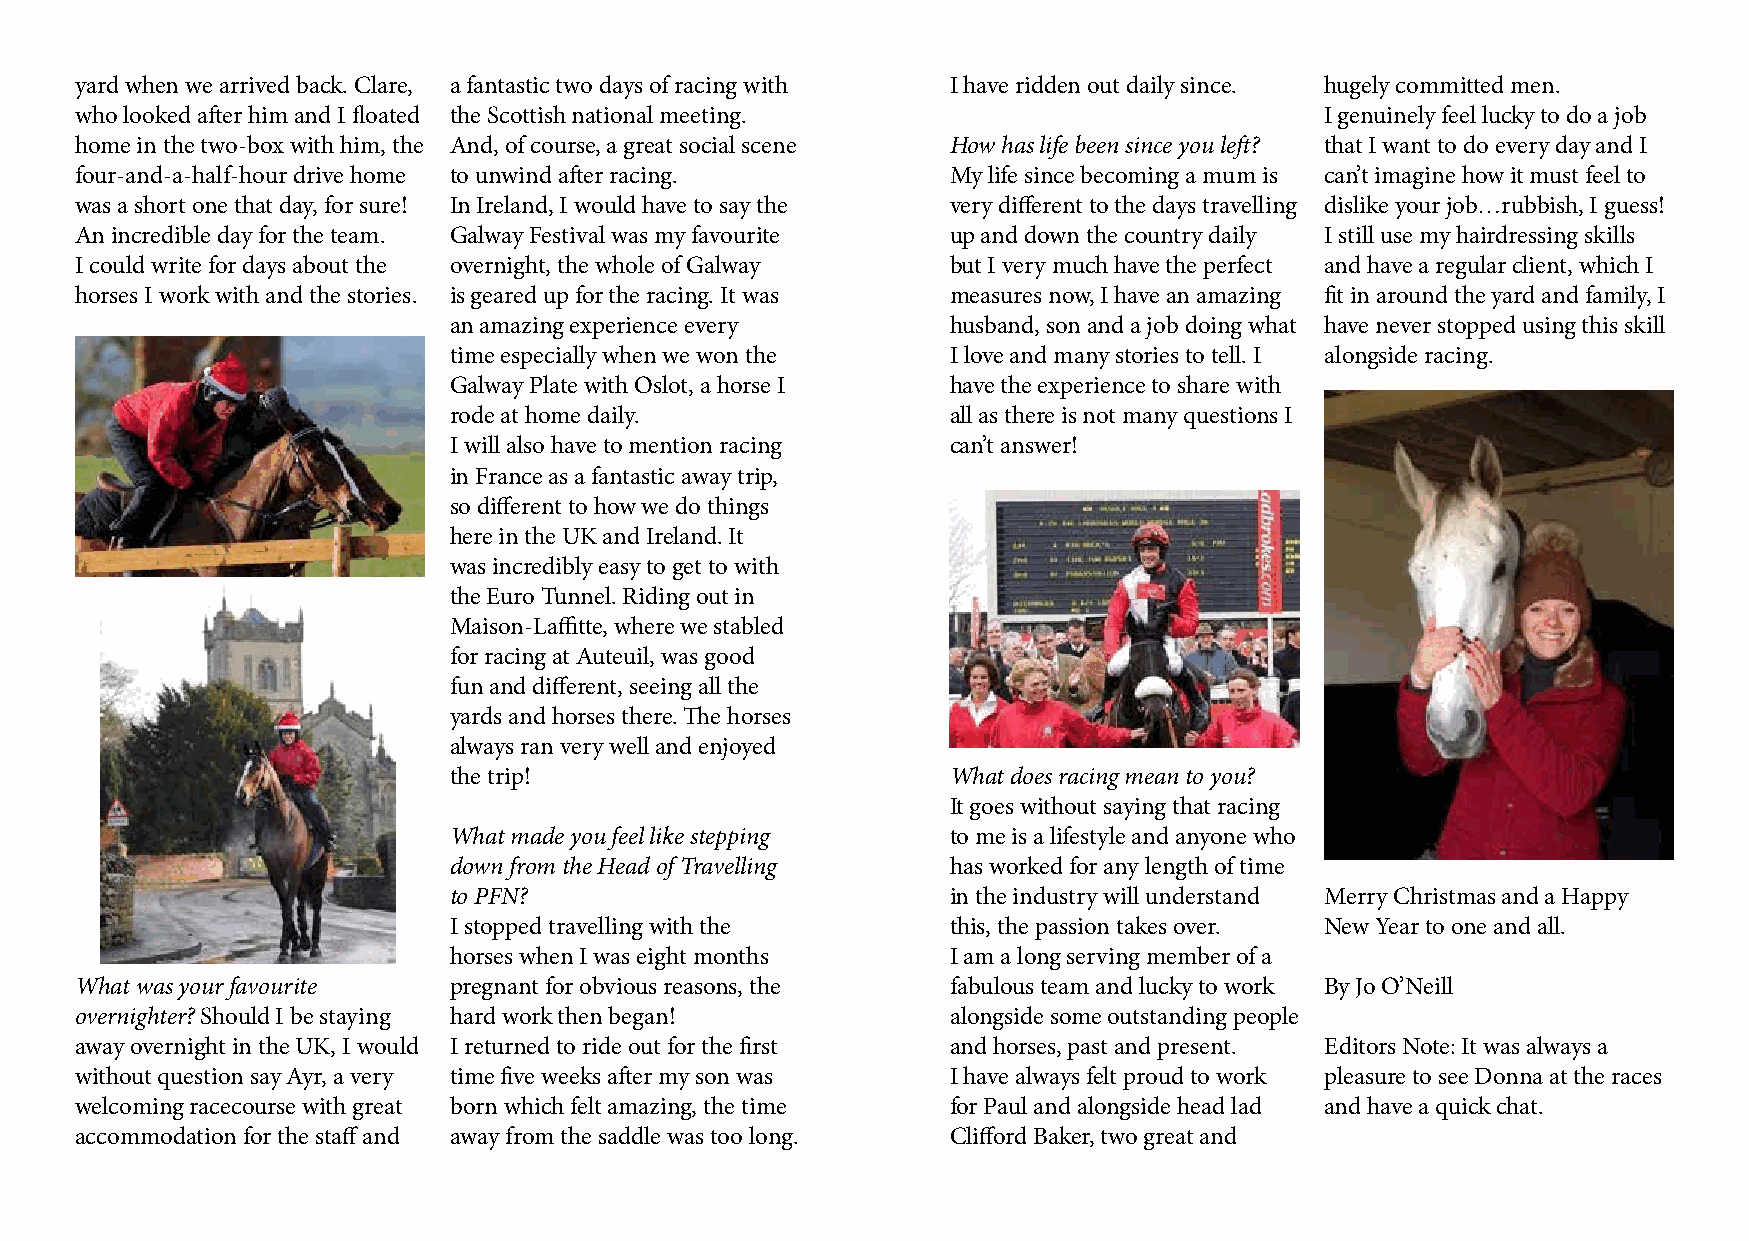
yard when we arrived back. Clare, a fantastic two days of racing with I have ridden out daily since. hugely committed men.
 who looked after him and I floated the Scottish national meeting.                  I genuinely feel lucky to do a job
 home in the two-box with him, the And, of course, a great social scene How has life been since you left? that I want to do every day and I
 four-and-a-half-hour drive home to unwind after racing.   My life since becoming a mum is can’t imagine how it must feel to
 was a short one that day, for sure! In Ireland, I would have to say the very different to the days travelling dislike your job…rubbish, I guess!
 An incredible day for the team. Galway Festival was my favourite up and down the country daily I still use my hairdressing skills
 I could write for days about the overnight, the whole of Galway but I very much have the perfect and have a regular client, which I
 horses I work with and the stories. is geared up for the racing. It was measures now, I have an amazing fit in around the yard and family, I
 an amazing experience every      husband, son and a job doing what have never stopped using this skill
 time especially when we won the  I love and many stories to tell. I alongside racing.
 Galway Plate with Oslot, a horse I have the experience to share with
 rode at home daily.              all as there is not many questions I
 I will also have to mention racing can’t answer!
 in France as a fantastic away trip,
 so different to how we do things
 here in the UK and Ireland. It
 was incredibly easy to get to with
 the Euro Tunnel. Riding out in
 Maison-Laffitte, where we stabled
 for racing at Auteuil, was good
 fun and different, seeing all the
 yards and horses there. The horses
 always ran very well and enjoyed
 the trip!                        What does racing mean to you?
 It goes without saying that racing
 What made you feel like stepping to me is a lifestyle and anyone who
 down from the Head of Travelling has worked for any length of time
 to PFN?                          in the industry will understand Merry Christmas and a Happy
 I stopped travelling with the    this, the passion takes over. New Year to one and all.
 horses when I was eight months   I am a long serving member of a
 What was your favourite  pregnant for obvious reasons, the fabulous team and lucky to work By Jo O’Neill
 overnighter? Should I be staying hard work then began!    alongside some outstanding people
 away overnight in the UK, I would I returned to ride out for the first and horses, past and present. Editors Note: It was always a
 without question say Ayr, a very time five weeks after my son was I have always felt proud to work pleasure to see Donna at the races
 welcoming racecourse with great born which felt amazing, the time for Paul and alongside head lad and have a quick chat.
 accommodation for the staff and away from the saddle was too long. Clifford Baker, two great and